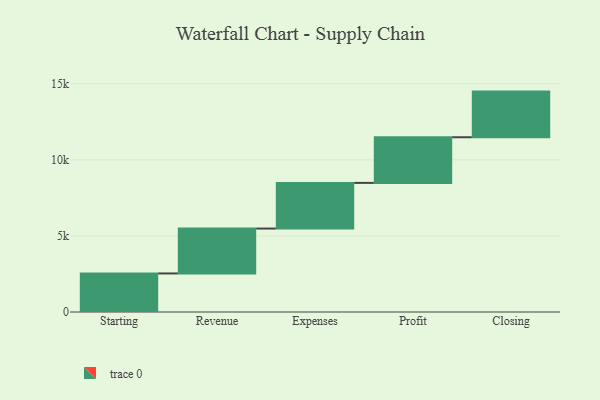
{"axis": {"x": "Step", "y": "Value"}, "legend": [""], "data": [{"x": "Starting", "y": 2534.0, "type": ""}, {"x": "Revenue", "y": 2950.0, "type": ""}, {"x": "Expenses", "y": 3000, "type": ""}, {"x": "Profit", "y": 3000, "type": ""}, {"x": "Closing", "y": 3000, "type": ""}]}